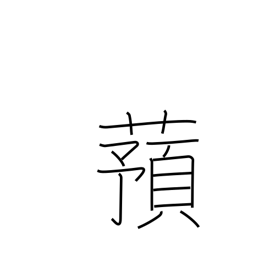
Meaning: yam